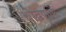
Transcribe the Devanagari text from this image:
ओढणारे